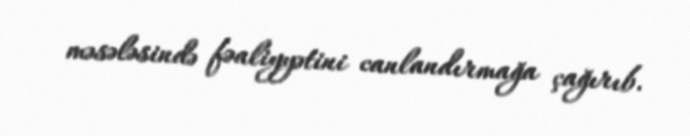
məsələsində fəaliyyətini canlandırmağa çağırıb.